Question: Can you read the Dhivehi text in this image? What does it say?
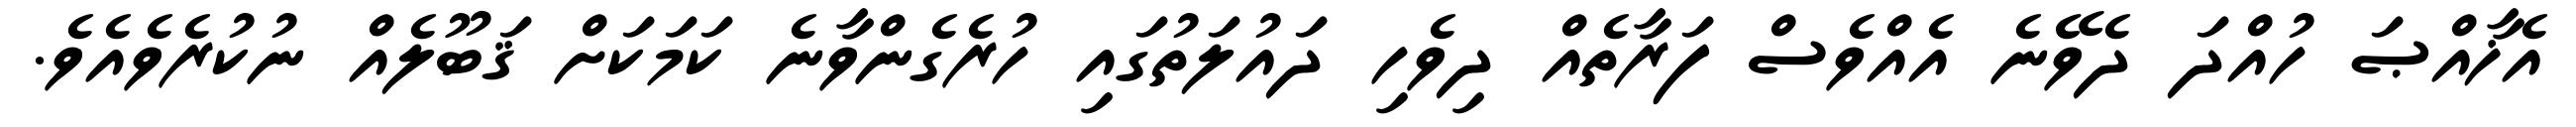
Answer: އެޚާއްޞަ ހުއްދަ ދެވޭނެ އެއްވެސް ފަރާތެއް ދިވެހި ދައުލަތުގައި ހުރެގެންވާނެ ކަމަކަށް ޤަބޫލެއް ނުކުރެވެއެވެ.